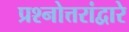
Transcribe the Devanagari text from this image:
प्रश्नोत्तरांद्वारे